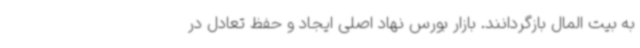
به بیت المال بازگردانند. بازار بورس نهاد اصلی ایجاد و حفظ تعادل در